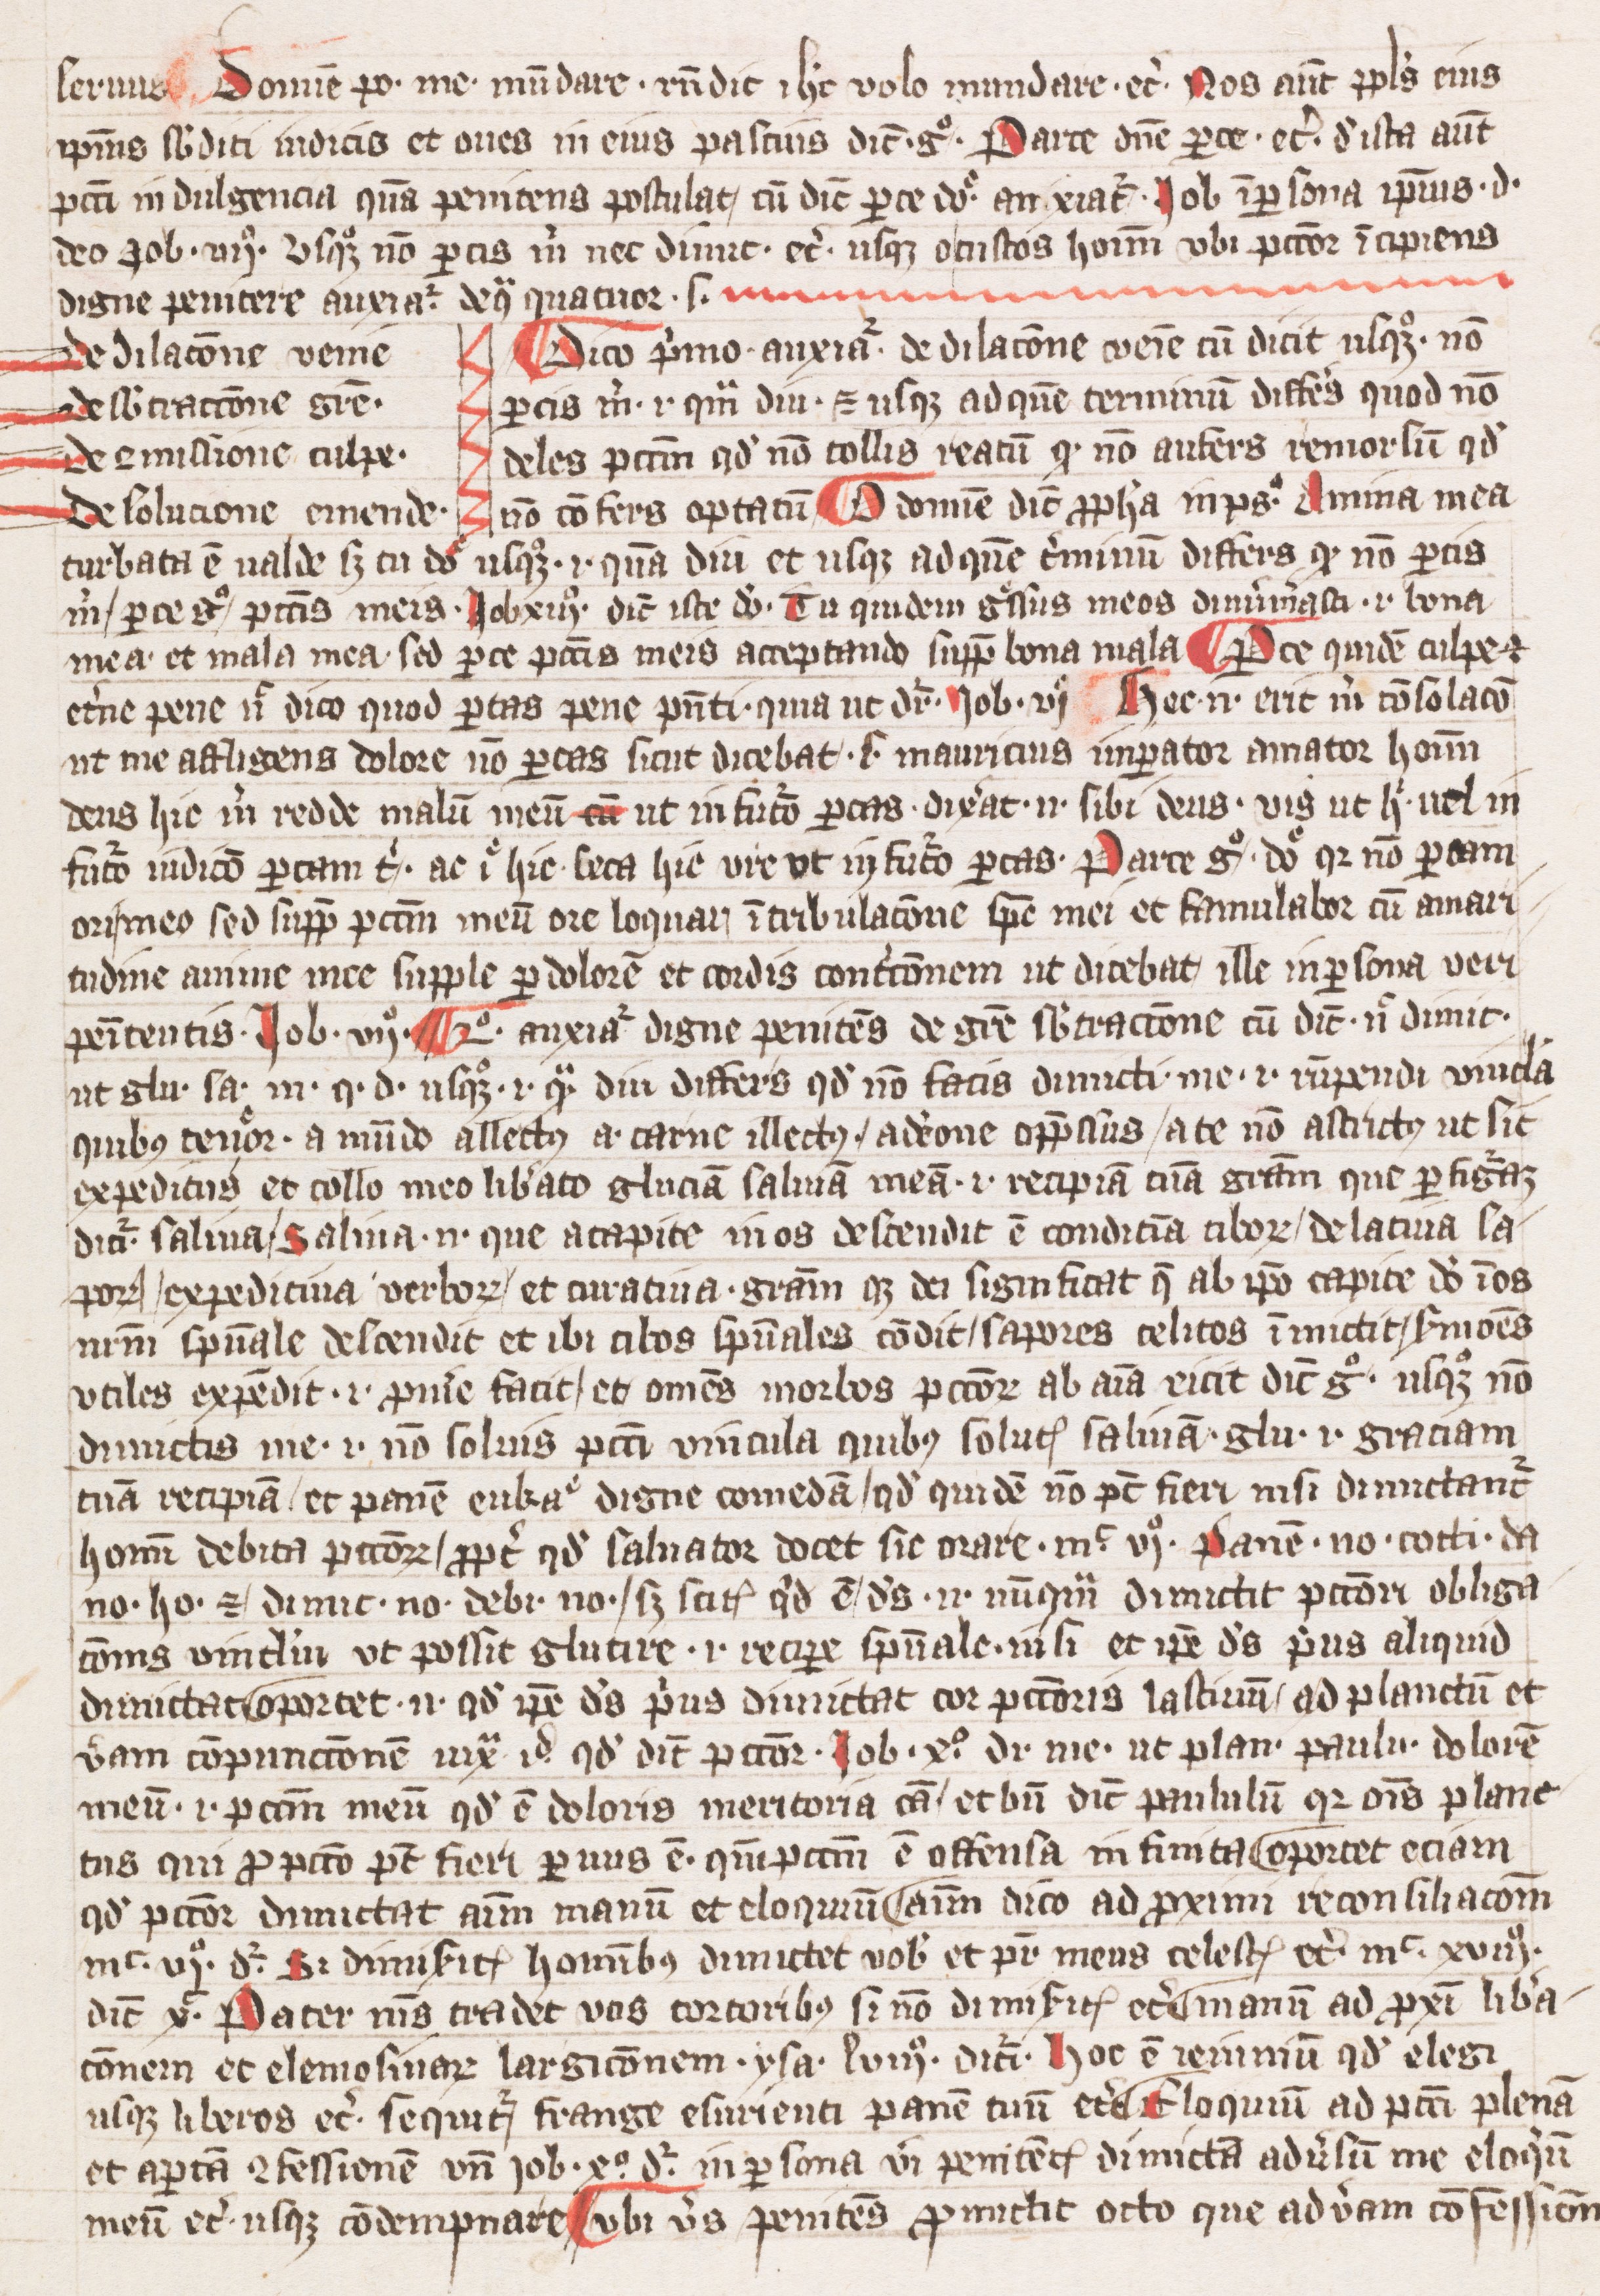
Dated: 1393–1393